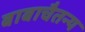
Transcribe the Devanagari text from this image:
बाबाचैतन्य